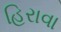
હિરાવા